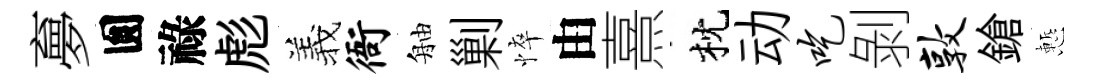
夣圎祿彪羲衙舳剿悴由熹枕动吃剝敦鎗慙